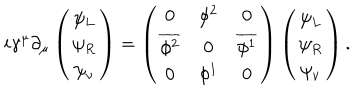
i \gamma ^ { \mu } \partial _ { \mu } \left( \begin{array} { c } { { \psi _ { L } } } \\ { { \psi _ { R } } } \\ { { \psi _ { \nu } } } \\ \end{array} \right) = \left( \begin{array} { c c c } { { 0 } } & { { \phi ^ { 2 } } } & { { 0 } } \\ { { \overline { { { \phi ^ { 2 } } } } } } & { { 0 } } & { { \overline { { { \phi ^ { 1 } } } } } } \\ { { 0 } } & { { \phi ^ { 1 } } } & { { 0 } } \\ \end{array} \right) \left( \begin{array} { c } { { \psi _ { L } } } \\ { { \psi _ { R } } } \\ { { \psi _ { \nu } } } \\ \end{array} \right) .